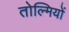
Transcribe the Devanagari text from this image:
तोल्मियों